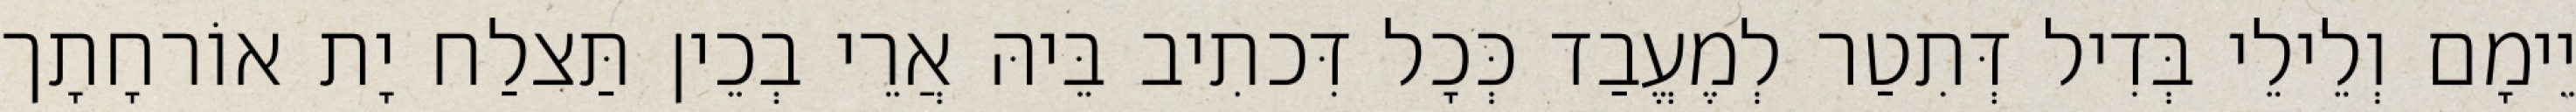
יֵימָם וְלֵילֵי בְּדִיל דְּתִטַר לְמֶעֱבַד כְּכָל דִּכתִיב בֵּיהּ אֲרֵי בְכֵין תַּצלַח יָת אוֹרחָתָך